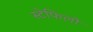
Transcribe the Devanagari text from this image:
स्टेफिलो